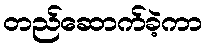
တည်ဆောက်ခဲ့ကာ